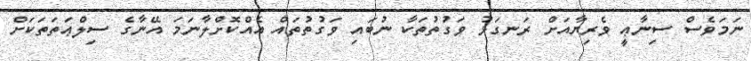
ނަމަވެސް ސިނާޢީ ވެރިޔާއަށް ރަނގަޅު ވަގުތުތަކާ ނުބައި ވަގުތުތައް އެއްކޮށްލާނަމަ އޭނާގެ ސިލްޢަތަތަކަށް